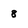
Character: 8